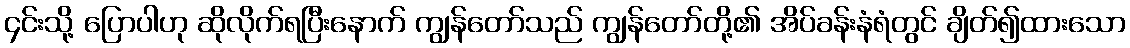
၄င်းသို့ ပြောပါဟု ဆိုလိုက်ရပြီးနောက် ကျွန်တော်သည် ကျွန်တော်တို့၏ အိပ်ခန်းနံရံတွင် ချိတ်၍ထားသော